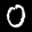
Label: 0